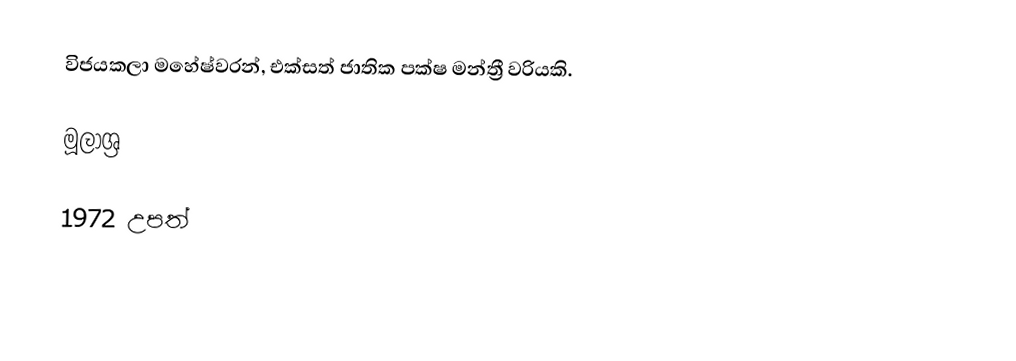
විජයකලා මහේෂ්වරන්, එක්සත් ජාතික පක්ෂ මන්ත්‍රී වරියකි.

මූලාශ්‍ර

1972 උපත්